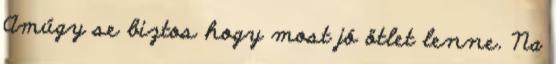
Amúgy se biztos hogy most jó ötlet lenne. Na